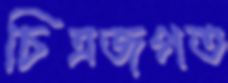
চিত্রজগত